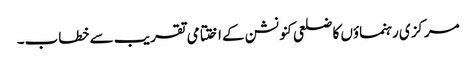
مرکزی رہنماؤں کا ضلعی کنونشن کے اختتامی تقر یب سے خطاب۔